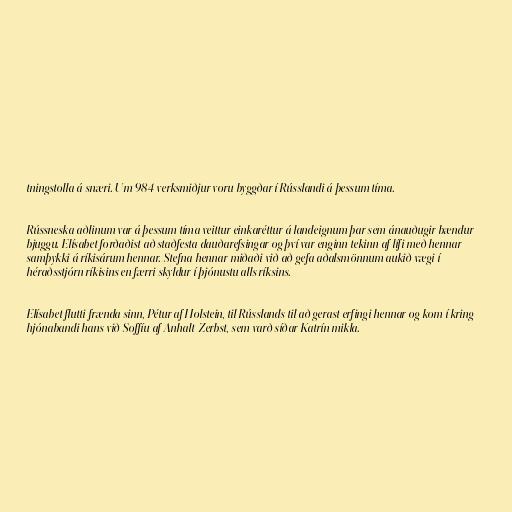
tningstolla á snæri. Um 984 verksmiðjur voru byggðar í Rússlandi á þessum tíma.

Rússneska aðlinum var á þessum tíma veittur einkaréttur á landeignum þar sem ánauðugir bændur
bjuggu. Elísabet forðaðist að staðfesta dauðarefsingar og því var enginn tekinn af lífi með hennar
samþykki á ríkisárum hennar. Stefna hennar miðaði við að gefa aðalsmönnum aukið vægi í
héraðsstjórn ríkisins en færri skyldur í þjónustu alls ríksins.

Elísabet flutti frænda sinn, Pétur af Holstein, til Rússlands til að gerast erfingi hennar og kom í kring
hjónabandi hans við Soffíu af Anhalt-Zerbst, sem varð síðar Katrín mikla.